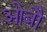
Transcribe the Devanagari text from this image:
ओबौ